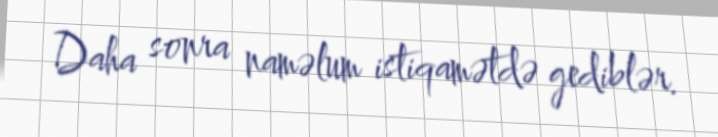
Daha sonra naməlum istiqamətdə gediblər.